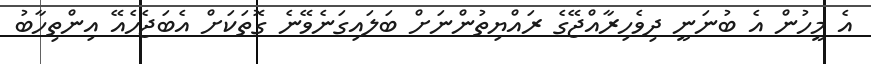
އެ މީހުން އެ ބުނަނީ ދިވެހިރާއްޖޭގެ ރައްޔިތުންނަށް ބަލައިގަނެވޭނެ ގޮތަކަށް އެބަޖެހެއޭ އިންތިހާބު